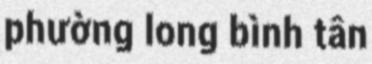
phường long bình tân